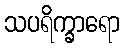
သပရိက္ခာရော